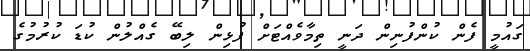
ގައުމީ ފެން ކުންފުނިން ދަނީ ތިމާވެއްޓަށް ފުޅިން ލިބޭ ގެއްލުން ކުޑަ ކުރުމުގެ